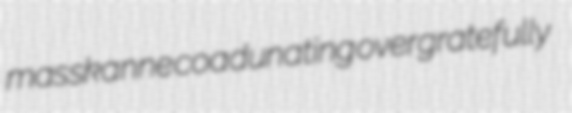
masskanne coadunating overgratefully